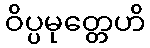
ဝိပ္ပမုတ္တေဟိ